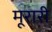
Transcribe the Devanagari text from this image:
मूरारी